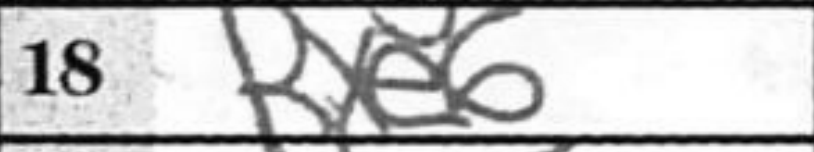
Transcription: Rxe6